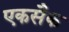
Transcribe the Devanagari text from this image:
एकसैक